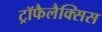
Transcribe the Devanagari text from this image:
ट्रॉफैलैक्सिस